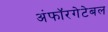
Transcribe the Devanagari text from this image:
अंफॉरगेटेबल